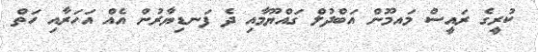
ކުރީގެ ރައީސް މައމޫން އަބްދުލް ގައްޔޫމާއި ދެ ފަނޑިޔާރުން އެއް އަހަރާއި ހަތް